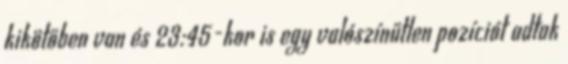
kikötőben van és 23:45-kor is egy valószínűtlen pozíciót adtak